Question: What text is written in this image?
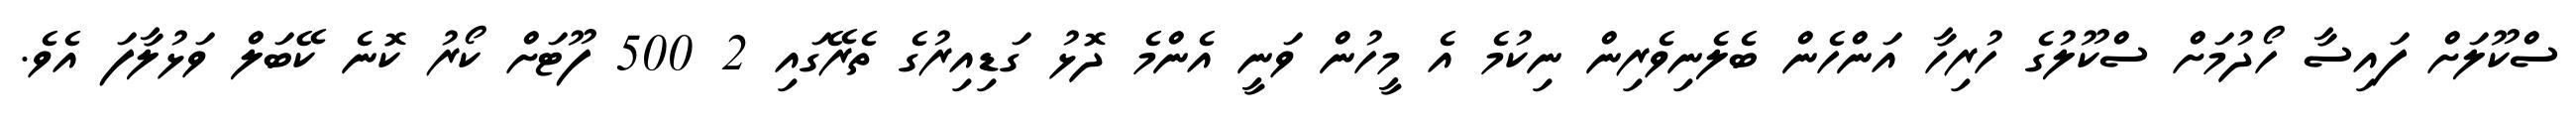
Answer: ސްކޫލަށް ފައިސާ ހޯދުމަށް ސްކޫލުގެ ހުރިހާ އަންހެން ބެލެނިވެރިން ނިކުމެ އެ މީހުން ވަނީ އެންމެ ދޮޅު ގަޑިއިރުގެ ތެރޭގައި 2 500 ފޫޓަށް ކޯރު ކޮނެ ކޭބަލް ވަޅުލާފަ އެވެ.